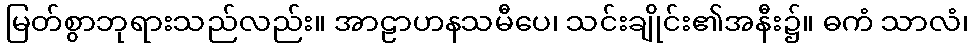
မြတ်စွာဘုရားသည်လည်း။ အာဠာဟနသမီပေ၊ သင်းချိုင်း၏အနီး၌။ ဓကံ သာလံ၊